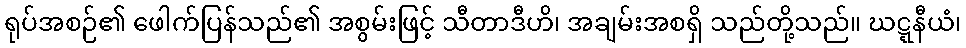
ရုပ်အစဉ်၏ ဖေါက်ပြန်သည်၏ အစွမ်းဖြင့် သီတာဒီဟိ၊ အချမ်းအစရှိ သည်တို့သည်။ ဃဋ္ဋနီယံ၊